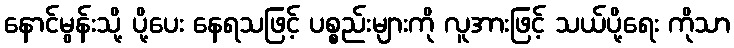
နောင်မွန်းသို့ ပို့ပေး နေရသဖြင့် ပစ္စည်းများကို လူအားဖြင့် သယ်ပို့ရေး ကိုသာ